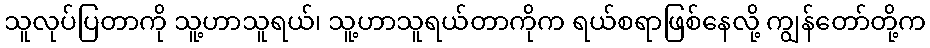
သူလုပ်ပြတာကို သူ့ဟာသူရယ်၊ သူ့ဟာသူရယ်တာကိုက ရယ်စရာဖြစ်နေလို့ ကျွန်တော်တို့က